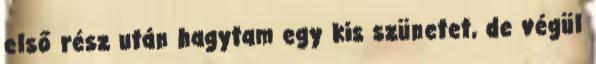
első rész után hagytam egy kis szünetet, de végül